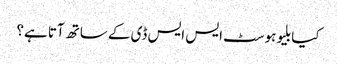
کیا بلیوہوسٹ ایس ایس ڈی کے ساتھ آتا ہے؟